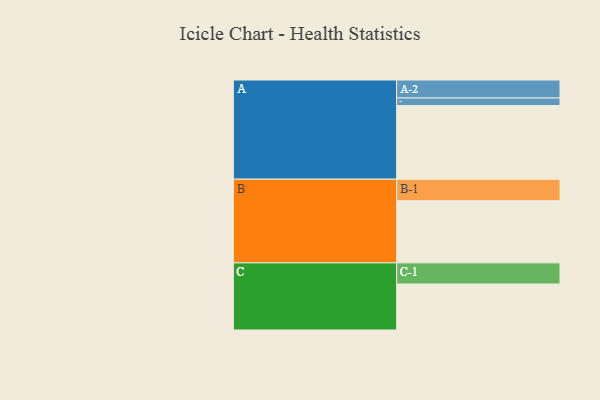
{"axis": {"x": "Segment", "y": "Value"}, "legend": ["", "A", "B", "C"], "data": [{"x": "A", "y": 593, "type": ""}, {"x": "B", "y": 500, "type": ""}, {"x": "C", "y": 370, "type": ""}, {"x": "A-1", "y": 60, "type": "A"}, {"x": "A-2", "y": 145, "type": "A"}, {"x": "B-1", "y": 173, "type": "B"}, {"x": "C-1", "y": 170, "type": "C"}]}